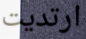
ارتديت